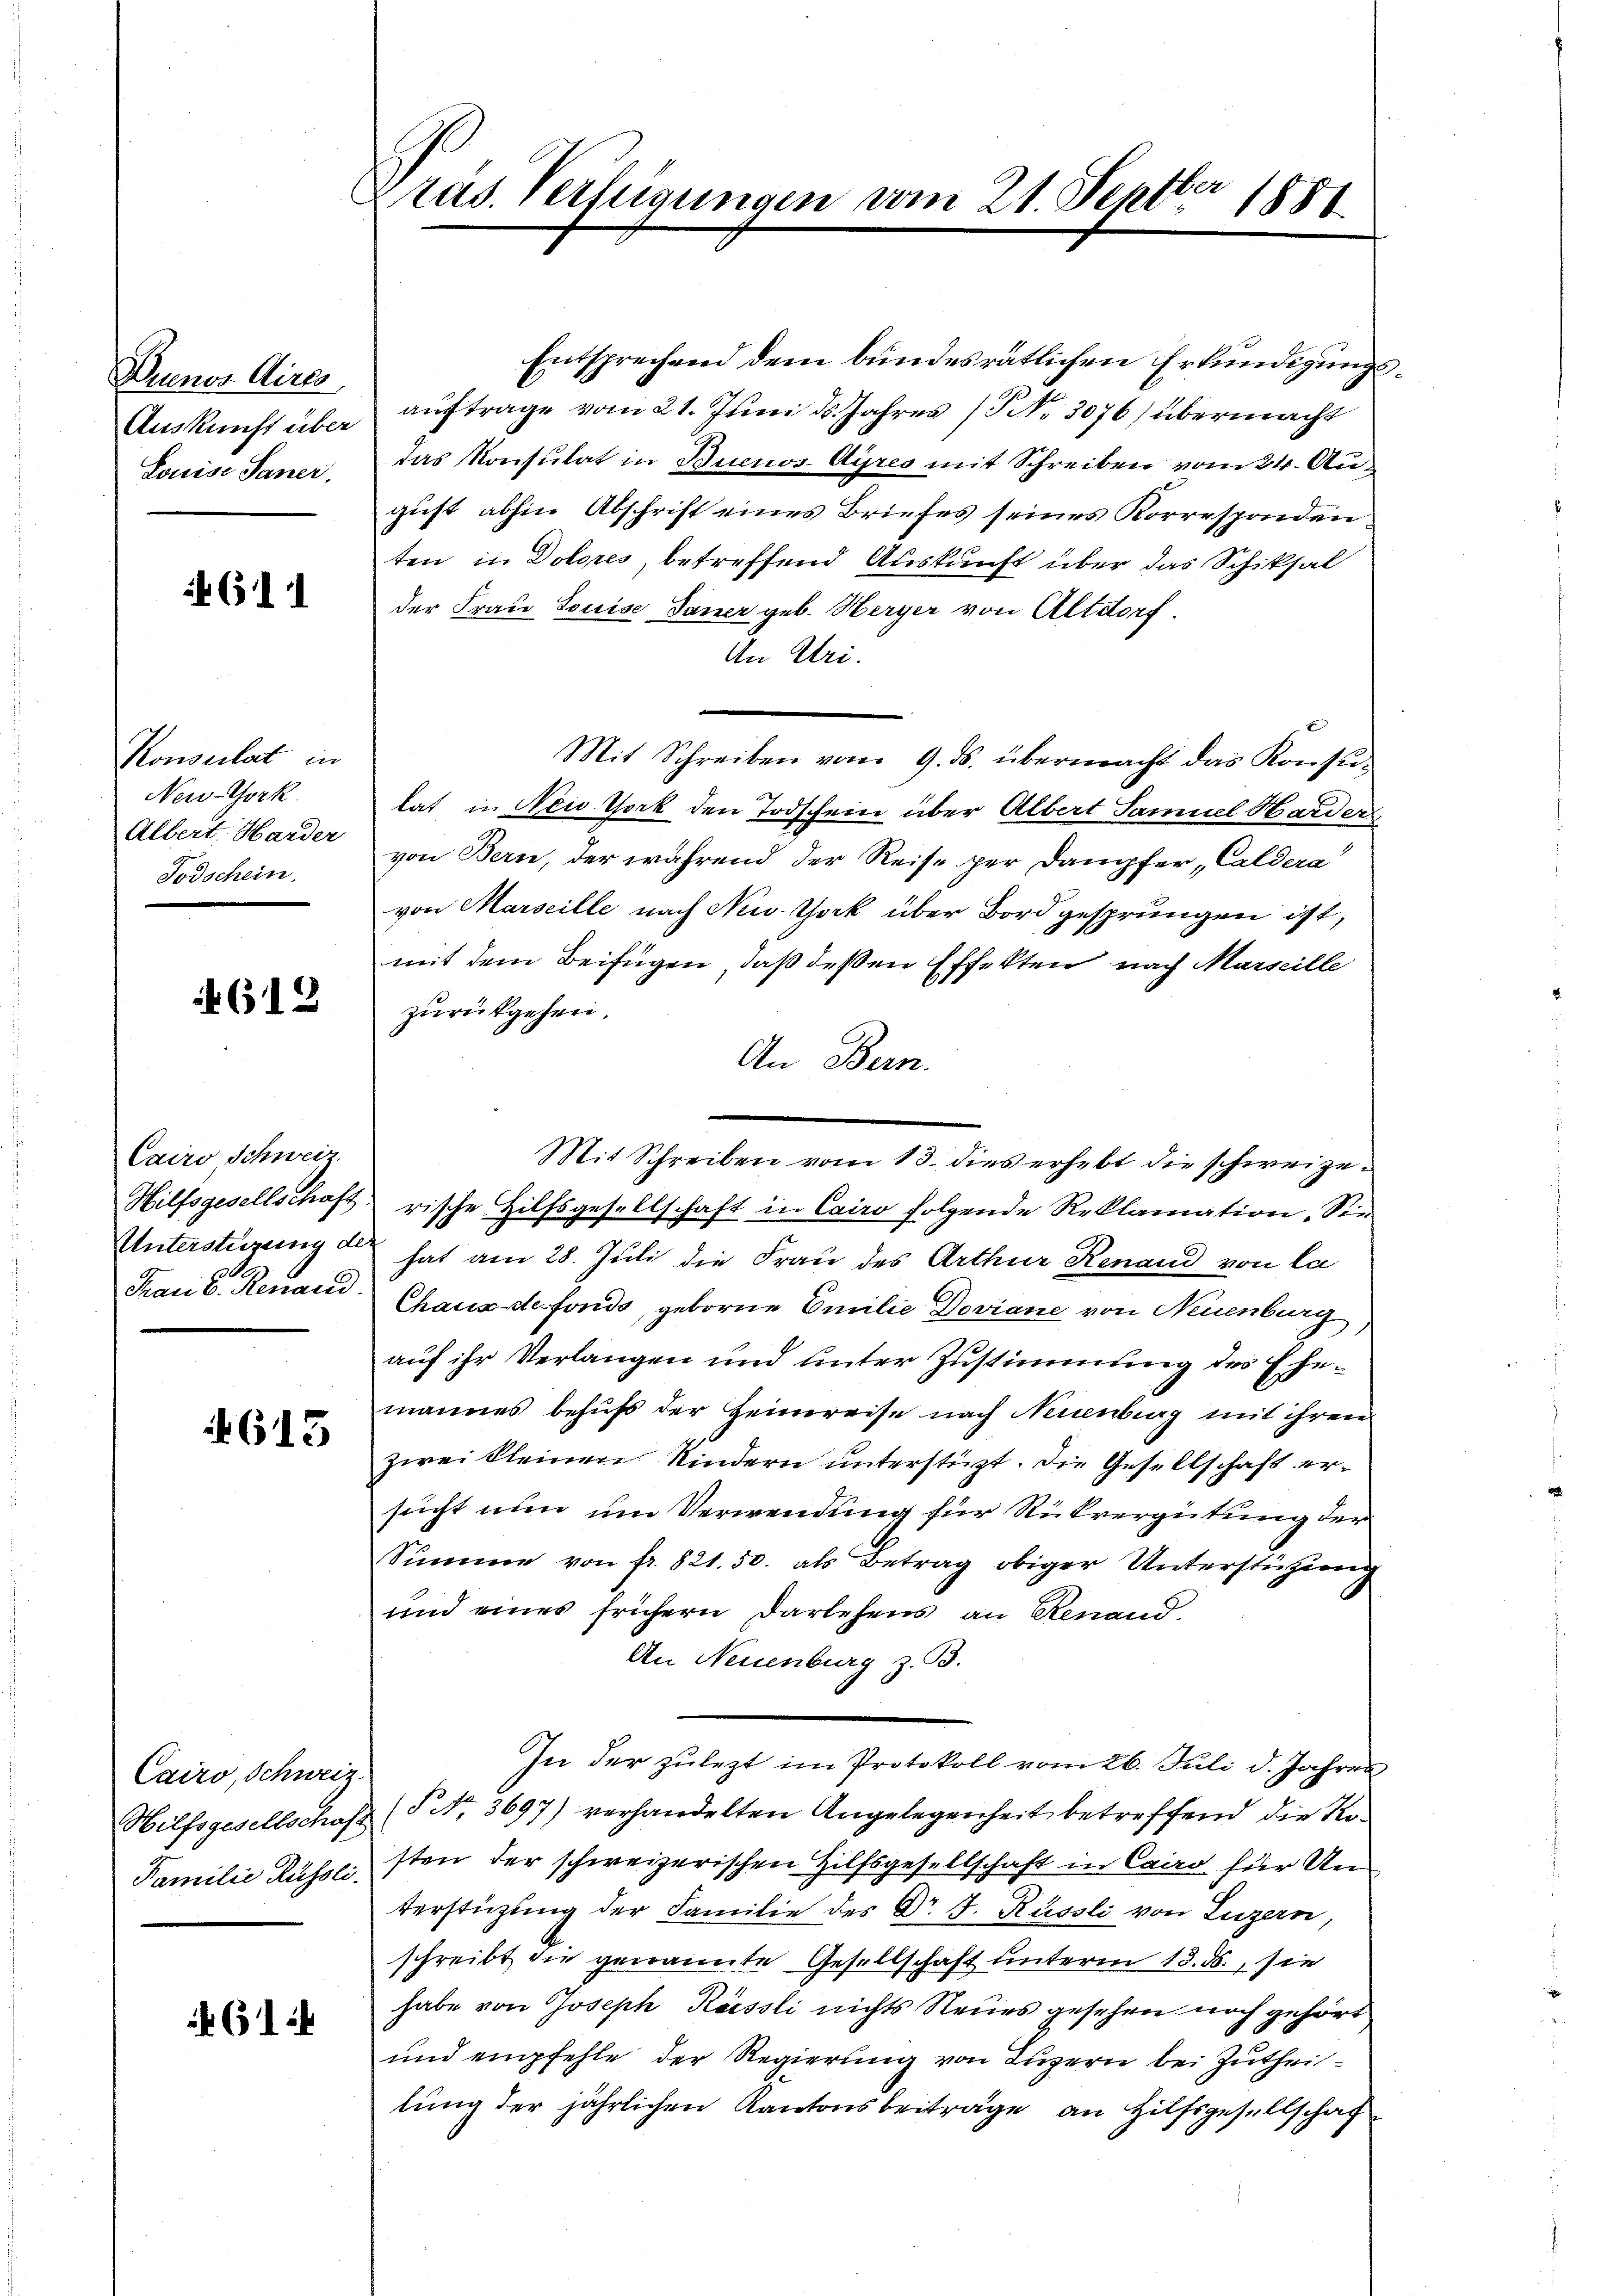
Denen Aires
Auskunft über
Louise Saner.

4611

Konseilet in
New-York
Albert. Harder
Todschein.

612

Cairo Schweiz.
Hilfsgesellschaft
Unterstüzung de
Frau v. Renaud.

613

Cairo, Schweiz.
Hilfsgesellschaft
Familie Rüssli

61

Pras. Verfügungen vom 21. Septbr 1881

Entsprechend dem bundesrätlichen Erkundigungsaŭftrage vom 21. Juni ds. Jahres 13 No. 3076) übermacht
das Konsulat in Buenos-Ayres mit Schreiben vom 24. August abhin Abschrift eines Briefes seines Korrespondenten in Dolores, betreffend Auskunft über das Schiksal
der Frau Louise dauer geb. Herger von Altdorf.
An Uri.
Mit Schreiben vom 9. ds. übermacht das Konsulat in New-York den Todschein über Albert Samuel Harder
von Bern, der während der Reise per Dampfer Caldere
von Marseille nach New York über Bord gesprungen ist,
mit dem Beifügen, daß deßen Effekten nach Marseille
zurückgehen.
An Bern.
rische Hilfsgesellschaft in Cairo folgende Reklamation. Sie
hat am 28. Juli die Frau des Arthur Renaud von la
Chaus de fonds, geborne Emilie Deviane von Neuenburg
auf ihr Verlangen und unter Zustimmung des Ehrmannes behufs der Heimreise nach Neuenburg mit ihren
zwei kleinen Kindern unterstüzt. Die Gesellschaft ersucht nun um Verwendung für Rückvergütung der
Summe von fr. 821. 50. als Betrag obiger Unterstützung
und eines frühern Darlehens an Renand
An Neuenburg z. B.
In der zuletzt im Protokoll vom 26. Juli d. Jahres
(§ No 3697) verhandelten Angelegenheit betreffend die Kosten der schweizerischen Hilfsgesellschaft in Cairo für Unterstüzung der Familie des Dr. J. Rüssli von Luzern,
schreibt die genannte Gesellschaft unterm 13. ds., sie
habe von Joseph Kässli nichts Neues gesehen noch gehört
und empfehle der Regierung von Luzern bei Zutheilung der jährlichen Kantonsbeiträge an Hilfsgesellschaf

Mit Schreiben vom 13. dies erhebt die schweize¬